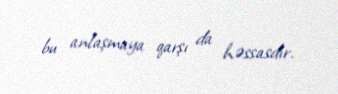
bu anlaşmaya qarşı da həssasdır.